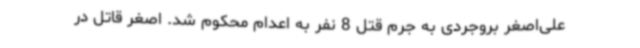
علی‌اصغر بروجردی به جرم قتل 8 نفر به اعدام محکوم شد. اصغر قاتل در